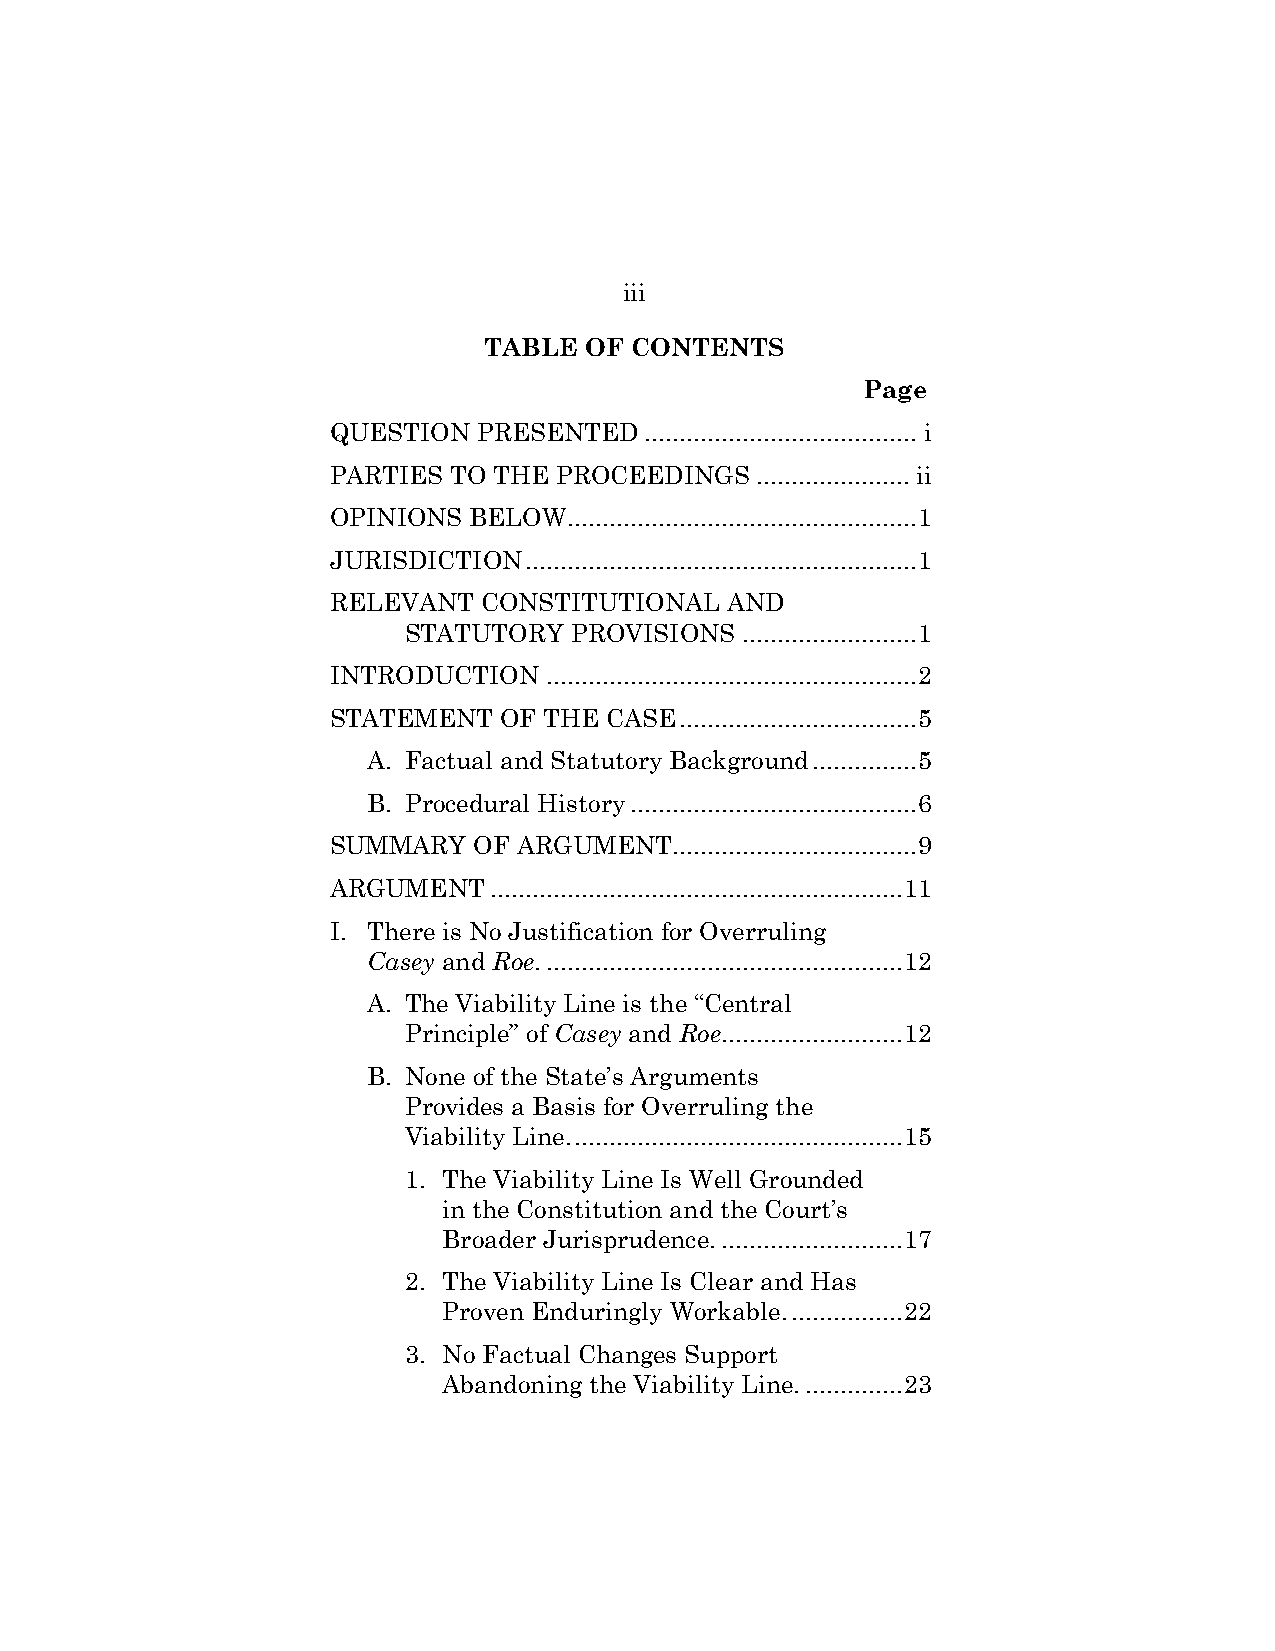
iii
 TABLE  OF CONTENTS
 Page
 QUESTION  PRESENTED  ....................................... i
 PARTIES TO THE PROCEEDINGS  ...................... ii
 OPINIONS BELOW  .................................................. 1
 JURISDICTION ........................................................ 1
 RELEVANT  CONSTITUTIONAL  AND
 STATUTORY  PROVISIONS ......................... 1
 INTRODUCTION  ..................................................... 2
 STATEMENT  OF THE CASE .................................. 5
 A. Factual and Statutory Background ............... 5
 B. Procedural History ......................................... 6
 SUMMARY  OF ARGUMENT  ................................... 9
 ARGUMENT  ........................................................... 11
 I. There is No Justification for Overruling
 Casey and Roe. ................................................... 12
 A. The Viability Line is the “Central
 Principle” of Casey and Roe. ......................... 12
 B. None of the State’s Arguments
 Provides a Basis for Overruling the
 Viability Line. ............................................... 15
 1. The Viability Line Is Well Grounded
 in the Constitution and the Court’s
 Broader Jurisprudence. .......................... 17
 2. The Viability Line Is Clear and Has
 Proven Enduringly Workable. ................ 22
 3. No Factual Changes Support
 Abandoning the Viability Line. .............. 23